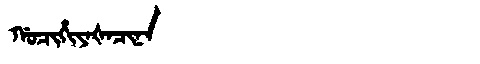
Manchu: ᡤᠣᠴᡳᡥᡳᠶᠠᡧᠠᠴᡳᠨᠠ
Romanization: GOCIHIYAŠACINA